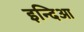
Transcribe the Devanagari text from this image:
इन्दिआ